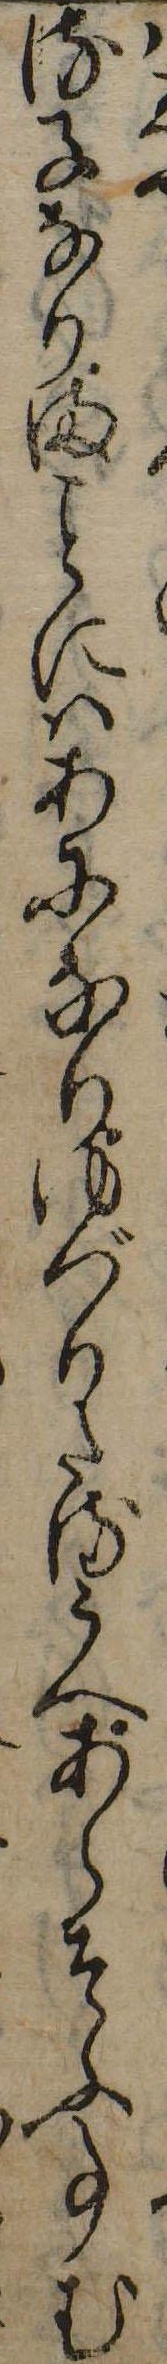
る子なりまにはあになりゆづりたるうへあらそふ事む